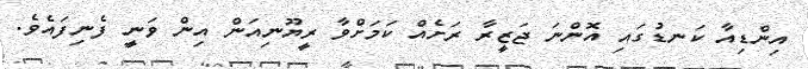
އިންޑިއާ ކަނޑުގައި އޮންނަ ޖަޒީރާ ރަށެއް ކަމަށްވާ ރީޔޫނިއަން އިން ވަނީ ފެނިފައެވެ.